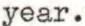
year.